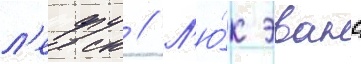
л'ефу // Л'ю́к эванс